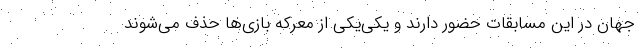
جهان در این مسابقات حضور دارند و یکی‌یکی از معرکه بازی‌ها حذف می‌شوند